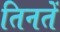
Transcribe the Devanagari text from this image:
तिनतें